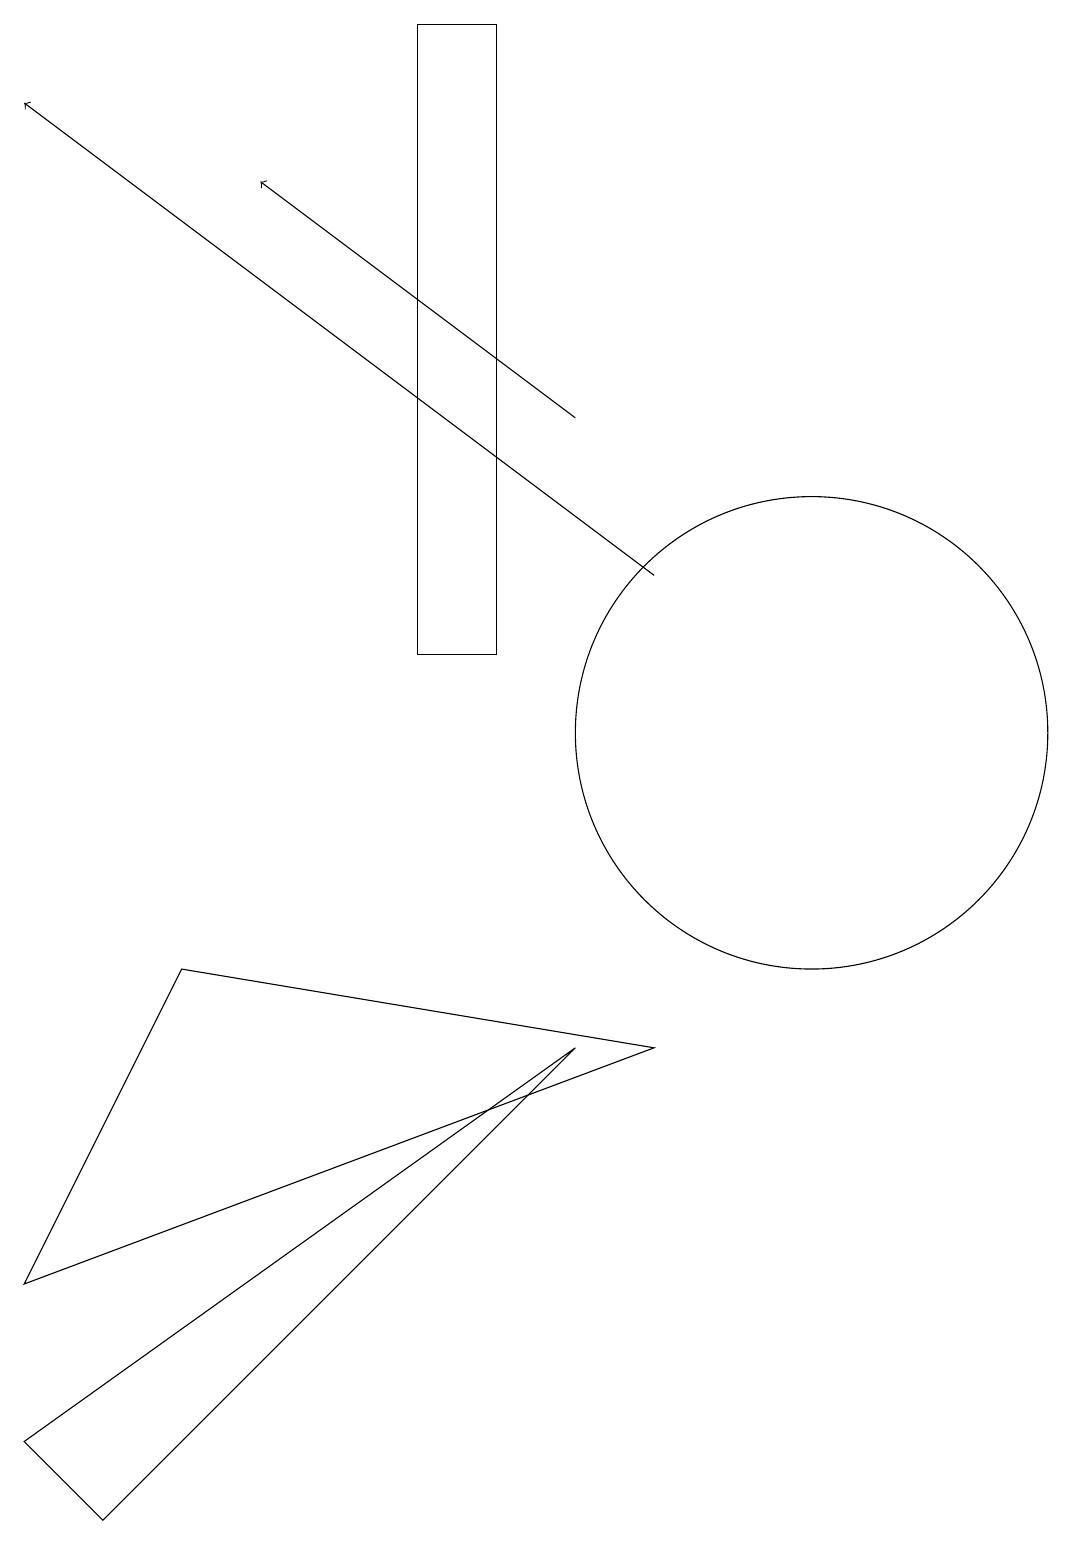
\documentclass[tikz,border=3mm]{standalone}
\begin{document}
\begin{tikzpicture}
\draw (0,3) -- (8,6) -- (2,7) -- cycle;
\draw (1,0) -- (0,1) -- (7,6) -- cycle;
\draw[->] (7,14) -- (3,17);
\draw (6,19) rectangle (5,11);
\draw (10,10) circle (3);
\draw[->] (8,12) -- (0,18);
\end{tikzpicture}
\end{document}